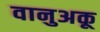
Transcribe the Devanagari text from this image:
वानुअकू